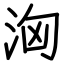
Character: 洶